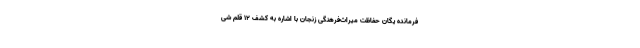
فرمانده یگان حفاظت میراث‌فرهنگی زنجان با اشاره به کشف 12 قلم شی‌